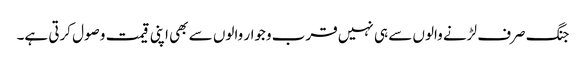
جنگ صرف لڑنے والوں سے ہی نہیں قرب وجوار والوں سے بھی اپنی قیمت وصول کرتی ہے۔